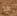
هذا